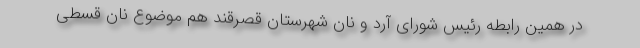
در همین رابطه رئیس شورای آرد و نان شهرستان قصرقند هم موضوع نان قسطی